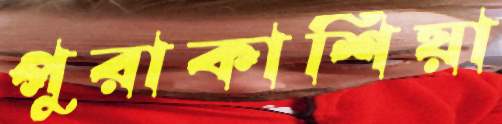
পুরাকাশিয়া